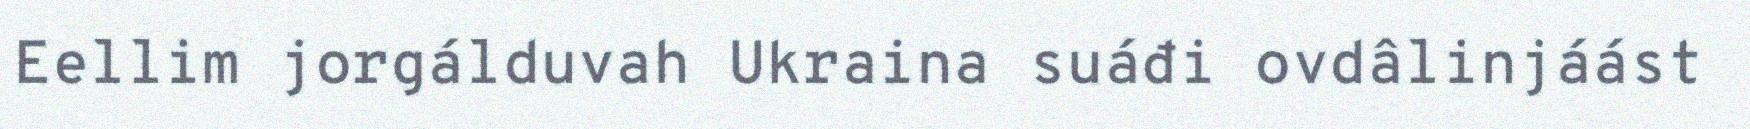
Eellim jorgálduvah Ukraina suáđi ovdâlinjáást